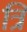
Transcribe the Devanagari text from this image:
त्रिं